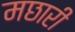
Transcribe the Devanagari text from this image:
मछारी